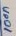
Text: 100n